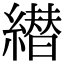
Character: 𦅦